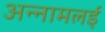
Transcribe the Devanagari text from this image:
अन्‍नामलई